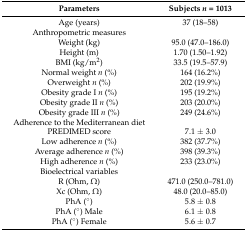
| Parameters | Subjects n = 1013 |
 | --- | --- |
 | Age (years) | 37 (18–58) |
 | Anthropometric measures |  |
 | Weight (kg) | 95.0 (47.0–186.0) |
 | Height (m) | 1.70 (1.50–1.92) |
 | BMI (kg/m2) | 33.5 (19.5–57.9) |
 | Normal weight n (%) | 164 (16.2%) |
 | Overweight n (%) | 202 (19.9%) |
 | Obesity grade I n (%) | 195 (19.2%) |
 | Obesity grade II n (%) | 203 (20.0%) |
 | Obesity grade III n (%) | 249 (24.6%) |
 | Adherence to the Mediterranean diet |  |
 | PREDIMED score | 7.1 ± 3.0 |
 | Low adherence n (%) | 382 (37.7%) |
 | Average adherence n (%) | 398 (39.3%) |
 | High adherence n (%) | 233 (23.0%) |
 | Bioelectrical variables |  |
 | R (Ohm, Ω) | 471.0 (250.0–781.0) |
 | Xc (Ohm, Ω) | 48.0 (20.0–85.0) |
 | PhA (°) | 5.8 ± 0.8 |
 | PhA (°) Male | 6.1 ± 0.8 |
 | PhA (°) Female | 5.6 ± 0.7 |